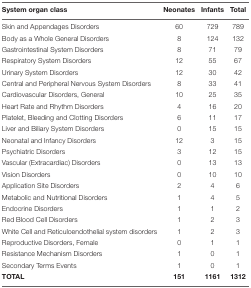
| System organ class | Neonates | Infants | Total |
 | --- | --- | --- | --- |
 | Skin and Appendages Disorders | 60 | 729 | 789 |
 | Body as a Whole General Disorders | 8 | 124 | 132 |
 | Gastrointestinal System Disorders | 8 | 71 | 79 |
 | Respiratory System Disorders | 12 | 55 | 67 |
 | Urinary System Disorders | 12 | 30 | 42 |
 | Central and Peripheral Nervous System Disorders | 8 | 33 | 41 |
 | Cardiovascular Disorders, General | 10 | 25 | 35 |
 | Heart Rate and Rhythm Disorders | 4 | 16 | 20 |
 | Platelet, Bleeding and Clotting Disorders | 6 | 11 | 17 |
 | Liver and Biliary System Disorders | 0 | 15 | 15 |
 | Neonatal and Infancy Disorders | 12 | 3 | 15 |
 | Psychiatric Disorders | 3 | 12 | 15 |
 | Vascular (Extracardiac) Disorders | 0 | 13 | 13 |
 | Vision Disorders | 0 | 10 | 10 |
 | Application Site Disorders | 2 | 4 | 6 |
 | Metabolic and Nutritional Disorders | 1 | 4 | 5 |
 | Endocrine Disorders | 1 | 1 | 2 |
 | Red Blood Cell Disorders | 1 | 2 | 3 |
 | White Cell and Reticuloendothelial system disorders | 1 | 2 | 3 |
 | Reproductive Disorders, Female | 0 | 1 | 1 |
 | Resistance Mechanism Disorders | 1 | 0 | 1 |
 | Secondary Terms Events | 1 | 0 | 1 |
 | TOTAL | 151 | 1161 | 1312 |